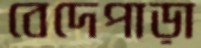
বেদেপাড়া